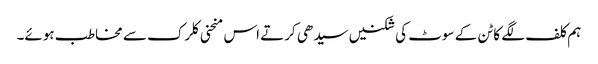
ہم کلف لگے کاٹن کے سوٹ کی شکنیں سیدھی کرتے اس منحنی کلرک سے مخاطب ہوئے۔